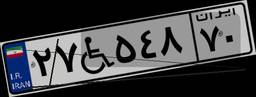
۱۱W۶۳۴۳۴